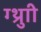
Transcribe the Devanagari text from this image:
ग्थ्रुाी